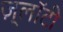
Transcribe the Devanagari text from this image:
ज़्लॉटी